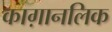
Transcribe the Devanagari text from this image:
काग़ानलिक